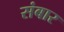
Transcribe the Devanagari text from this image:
संबार